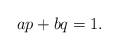
LaTeX: \begin{align*} ap+bq=1.\end{align*}